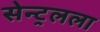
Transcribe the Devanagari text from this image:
सेन्ट्रलला